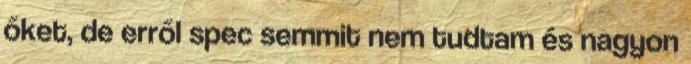
őket, de erről spec semmit nem tudtam és nagyon